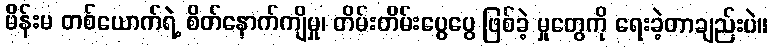
မိန်းမ တစ်ယောက်ရဲ့ စိတ်နောက်ကျိမှု၊ တိမ်းတိမ်းပွေပွေ ဖြစ်ခဲ့ မှုတွေကို ရေးခဲ့တာချည်းပဲ။